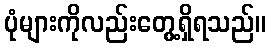
ပုံများကိုလည်းတွေ့ရှိရသည်။